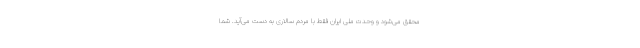
محقق می‌شود و وحدت ملی ایران فقط با مردم سالاری به دست می‌آید. شما